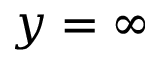
y = \infty